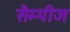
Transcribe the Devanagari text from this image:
सैम्पीज